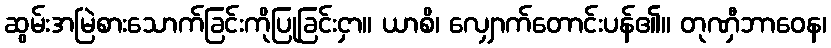
ဆွမ်းအမြဲစားသောက်ခြင်းကိုပြုခြင်းငှာ။ ယာစိ၊ လျှောက်တောင်းပန်၏။ တုဏှီဘာဝေန၊